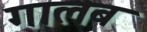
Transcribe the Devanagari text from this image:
गालब